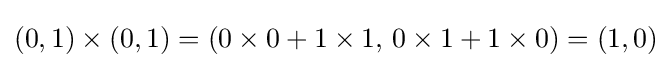
(0,1)\times (0,1)=(0\times 0+1\times 1,\,0\times 1+1\times 0)=(1,0)